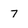
Character: 7